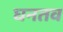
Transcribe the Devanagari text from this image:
घनतव